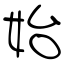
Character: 始